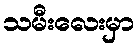
သမီးလေးမှာ